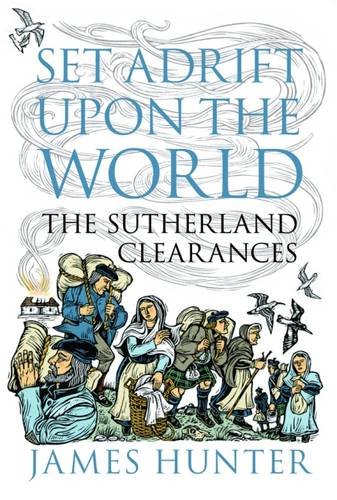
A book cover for Set Adrift Upon the World: The Sutherland Clearances; James Hunter; History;